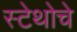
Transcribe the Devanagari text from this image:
स्टेथोचे